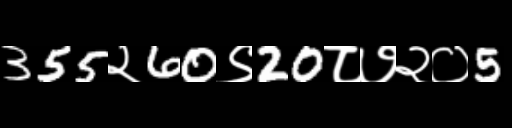
Text: 355२60९20८७२०5